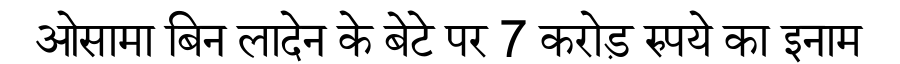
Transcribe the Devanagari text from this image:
ओसामा बिन लादेन के बेटे पर 7 करोड़ रुपये का इनाम